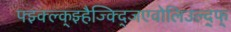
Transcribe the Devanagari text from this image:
फ्झ्क्ल्क्झ्हैज्क्द्जिएवोलिउल्द्फ्